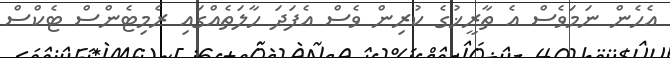
އެހެން ނަމަވެސް އެ ތާރީޚުގެ ކުރިން ވެސް އެފަދަ ހާލަތެއްގައި ރެމިޓެންސް ޓެކްސް